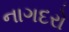
નાગદરો